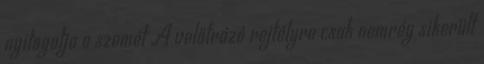
nyitogatja a szemét A velőtrázó rejtélyre csak nemrég sikerült